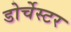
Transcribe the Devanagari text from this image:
डोर्चेस्टर